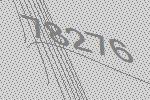
78276